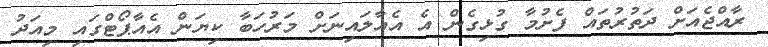
ރާއްޖެއަށް ދަތުރުތައް ފެށުމާ ގުޅިގެން އެ އެއާލައިނަށް މަރުހަބާ ކިޔަން އެއާޕޯޓްގައި މިއަދު